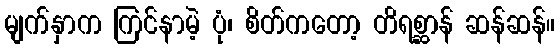
မျက်နှာက ကြင်နာမဲ့ ပုံ၊ စိတ်ကတော့ တိရစ္ဆာန် ဆန်ဆန်။